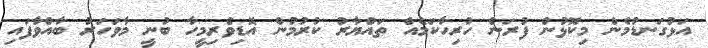
އަޅުގަނޑުމެން މިކޮޅުން ފުރަން ހުރިހާކަމެއް ތައްޔާރު ކުރުމުން އޮޑިވެރިމީހާ ބުނީ މާވަހަރު ބާއްވާފައި